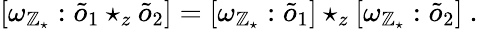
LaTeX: [\omega_{{\cal\mathbb{Z}}_{\star}}:\tilde{{o}}_{1}\star_{z}\tilde{{o}}_{2}]=[\omega_{{\cal\mathbb{Z}}_{\star}}:\tilde{{o}}_{1}]\star_{z}[\omega_{{\cal\mathbb{Z}}_{\star}}:\tilde{{o}}_{2}]~.